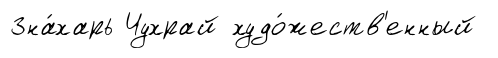
Зна́харь Чухрай худо́жеств'енный